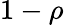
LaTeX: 1-\rho